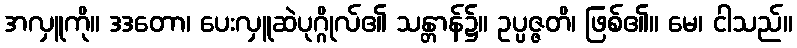
အလှူကို။ ဒဒတော၊ ပေးလှူဆဲပုဂ္ဂိုလ်၏ သန္တာန်၌။ ဥပ္ပဇ္ဇတိ၊ ဖြစ်၏။ မေ၊ ငါသည်။